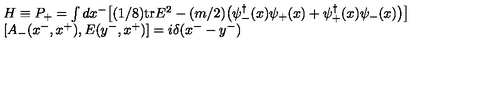
\begin{array} { l } { H \equiv P _ { + } = \int d x ^ { - } \big [ ( 1 / 8 ) \mathrm { t r } E ^ { 2 } - ( m / 2 ) \big ( \psi _ { - } ^ { \dagger } ( x ) \psi _ { + } ( x ) + \psi _ { + } ^ { \dagger } ( x ) \psi _ { - } ( x ) \big ) \big ] } \\ { \left[ A _ { - } ( x ^ { - } , x ^ { + } ) , E ( y ^ { - } , x ^ { + } ) \right] = i \delta ( x ^ { - } - y ^ { - } ) } \\ \end{array}